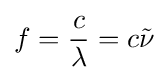
f={\frac {c}{\lambda }}=c{\tilde {\nu }}